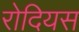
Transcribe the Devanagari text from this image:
रोदियस